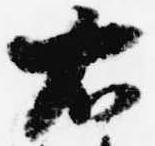
右